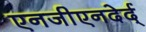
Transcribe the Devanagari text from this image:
एनजीएनदेर्द्